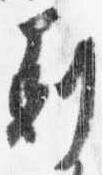
剋